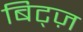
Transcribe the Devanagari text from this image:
बिट्ज़